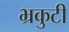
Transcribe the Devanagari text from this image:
भ्रकुटी